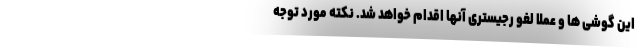
این گوشی ها و عملا لغو رجیستری آنها اقدام خواهد شد. نکته مورد توجه